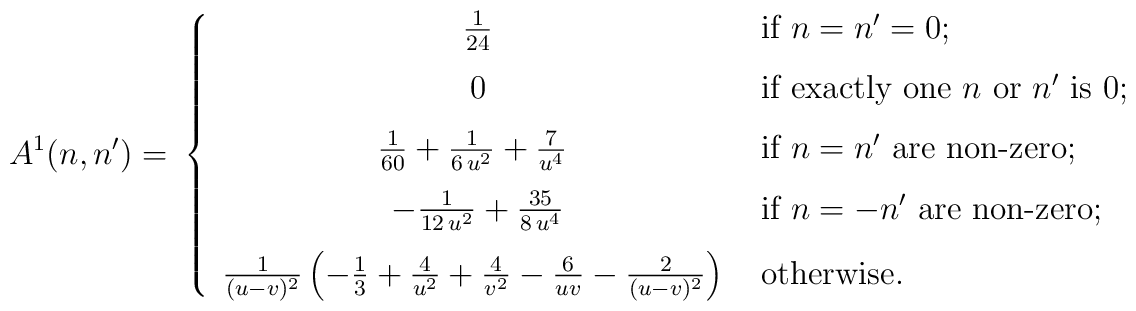
A^1(n,n')= \ \left\{\begin{array}{cl}\frac{1}{24}  & \textrm{if }  n = n' = 0;\\[.1in]0   & \textrm{if exactly one $n$ or $n'$ is 0}; \\[.1in]\frac{1}{60} + \frac{1}{6\,u^2} + \frac{7}{u^{4}} \ & \textrm{if }  n = n' \textrm{ are non-zero}; \\[.1in]-\frac{1}{12\,u^2} + \frac{35}{8\,u^4}     & \textrm{if }  n = -n' \textrm{ are non-zero}; \\[.1in]\frac {1}{(u-v)^2}\left(- \frac {1}{3}  + \frac {4}{u^2} + \frac {4}{v^2}  - \frac {6}{uv}  - \frac{2}{(u-v)^2}\right) \            & \textrm{otherwise.}\end{array}\right.